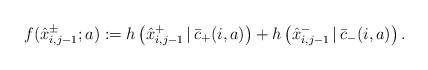
LaTeX: \begin{align*}f(\hat x_{i,j-1}^{\pm};a):=h\left(\hat x_{i,j-1}^{+}\,|\,\bar c_{+}(i,a)\right)+h\left(\hat x_{i,j-1}^{-}\,|\,\bar c_{-}(i,a)\right).\end{align*}